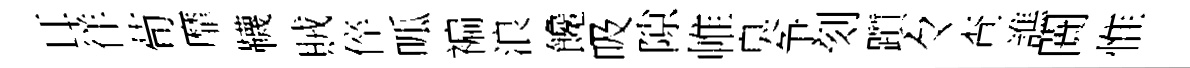
耳徉荀靡韈賊倅呱褊浪饞吸隙帷臭争刻躓々查譙闠惟